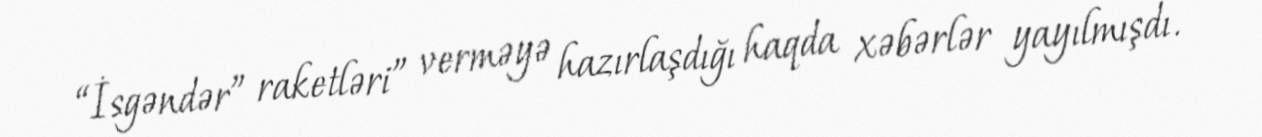
“İsgəndər” raketləri” verməyə hazırlaşdığı haqda xəbərlər yayılmışdı.